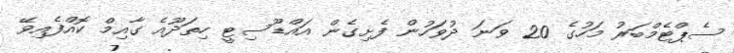
ސެޕްޓެމްބަރު މަހުގެ 20 ވަނަ ދުވަހުން ފެށިގެން އައްޑޫސިޓީ ހިތަދޫއެ ގާއިމް ކޮއްފެއިވޭ